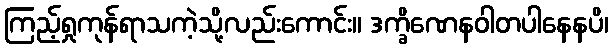
ကြည့်ရှုကုန်ရာသကဲ့သို့လည်းကောင်း။ ဒက္ခိဏေနဝါတပါနေနပိ၊